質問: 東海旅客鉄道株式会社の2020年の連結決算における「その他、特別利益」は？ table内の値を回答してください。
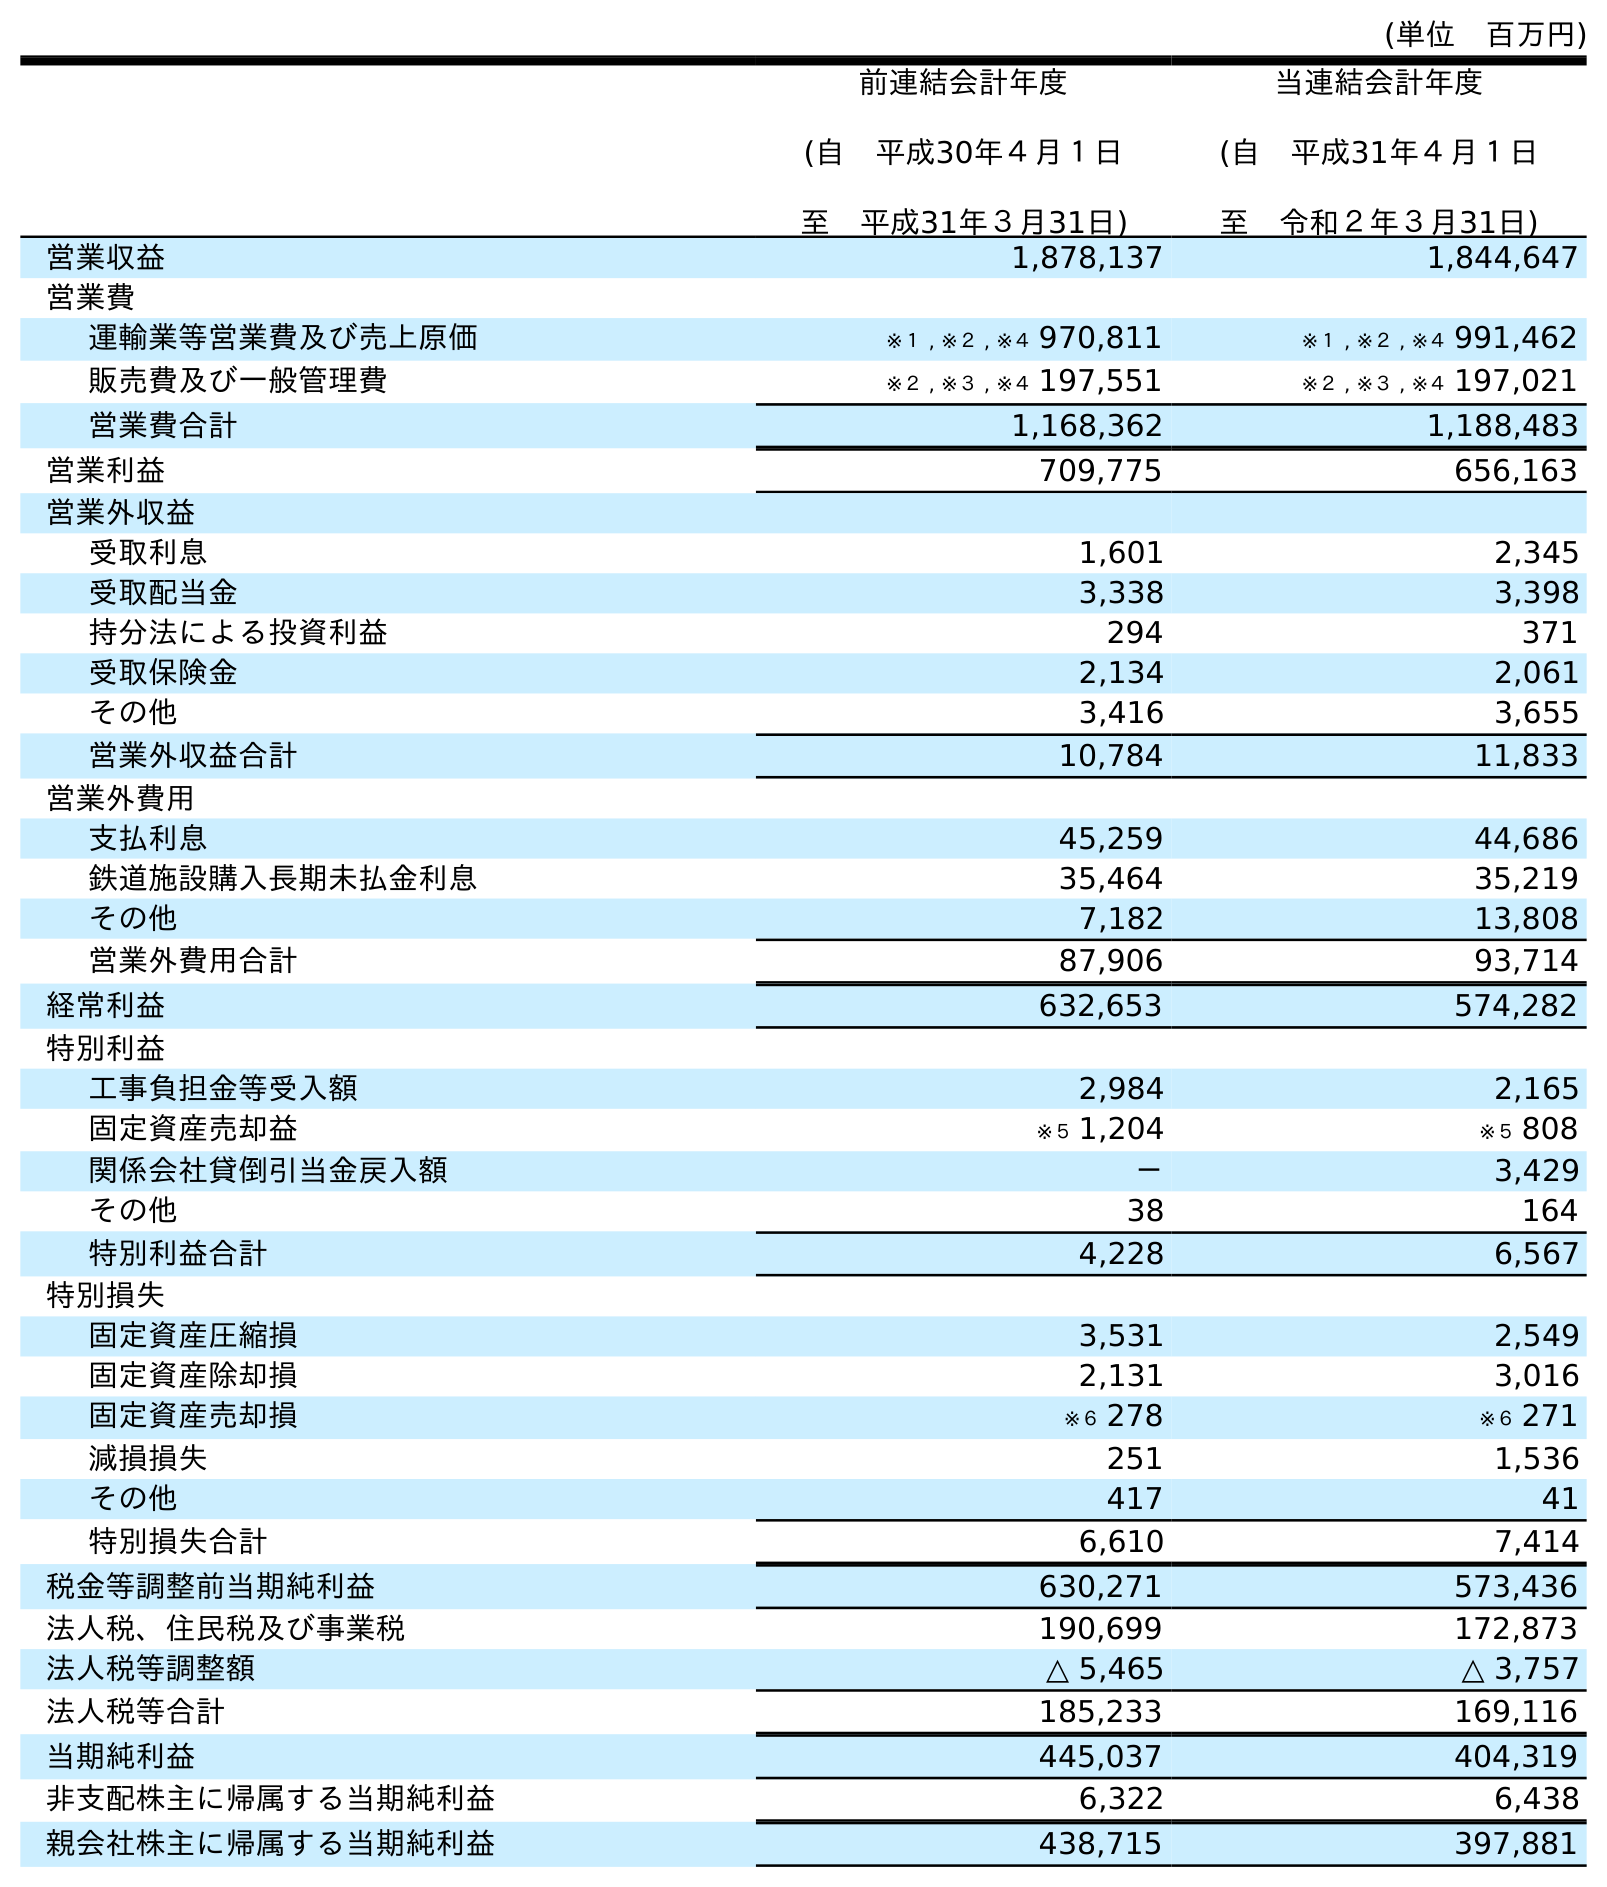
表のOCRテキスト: (単位 百万円) 前連結会計年度 (自 平成30年４月１日 至 平成31年３月31日) 当連結会計年度 (自 平成31年４月１日 至 令和２年３月31日) 営業収益 1,878,137 1,844,647 営業費 運輸業等営業費及び売上原価 ※１ , ※２ , ※４ 970,811 ※１ , ※２ , ※４ 991,462 販売費及び一般管理費 ※２ , ※３ , ※４ 197,551 ※２ , ※３ , ※４ 197,021 営業費合計 1,168,362 1,188,483 営業利益 709,775 656,163 営業外収益 受取利息 1,601 2,345 受取配当金 3,338 3,398 持分法による投資利益 294 371 受取保険金 2,134 2,061 その他 3,416 3,655 営業外収益合計 10,784 11,833 営業外費用 支払利息 45,259 44,686 鉄道施設購入長期未払金利息 35,464 35,219 その他 7,182 13,808 営業外費用合計 87,906 93,714 経常利益 632,653 574,282 特別利益 工事負担金等受入額 2,984 2,165 固定資産売却益 ※５ 1,204 ※５ 808 関係会社貸倒引当金戻入額 － 3,429 その他 38 164 特別利益合計 4,228 6,567 特別損失 固定資産圧縮損 3,531 2,549 固定資産除却損 2,131 3,016 固定資産売却損 ※６ 278 ※６ 271 減損損失 251 1,536 その他 417 41 特別損失合計 6,610 7,414 税金等調整前当期純利益 630,271 573,436 法人税、住民税及び事業税 190,699 172,873 法人税等調整額 △ 5,465 △ 3,757 法人税等合計 185,233 169,116 当期純利益 445,037 404,319 非支配株主に帰属する当期純利益 6,322 6,438 親会社株主に帰属する当期純利益 438,715 397,881
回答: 164